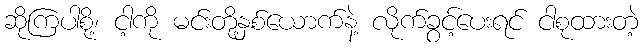
ဆိုကြပါစို့၊ ငါ့ကို မင်းတို့နှစ်ယောက်နဲ့ လိုက်ခွင့်ပေးရင် ငါစုထားတဲ့